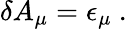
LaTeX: \delta A_{\mu}=\epsilon_{\mu}\ .